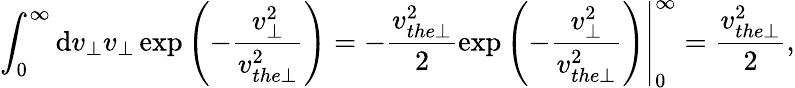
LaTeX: \int_{0}^{\infty}\mathrm{d}v_{\perp}v_{\perp}\exp\left(-\frac{{v_{\perp}^{2}}}{{v_{the\perp}^{2}}}\right)=-\frac{{v_{the\perp}^{2}}}{{2}}\left.\exp\left(-\frac{{v_{\perp}^{2}}}{{v_{the\perp}^{2}}}\right)\right|_{0}^{\infty}=\frac{{v_{the\perp}^{2}}}{{2}},